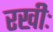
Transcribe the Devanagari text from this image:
रखीः